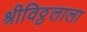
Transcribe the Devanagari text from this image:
श्रीविठ्ठलाला